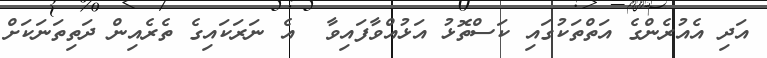
އަދި އެއުރެންގެ އަތްތަކުގައި ކަސްތޮޅު އަޅުއްވާފައިވާ  އެ ނަރަކައިގެ ތެރެއިން ދަތިތަނަކަށް